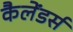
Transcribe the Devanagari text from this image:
कैलेंडर्स